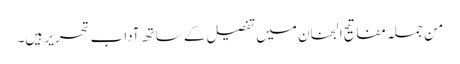
من جملہ مفاتیح الجنان میں تفصیل کے ساتھ آداب تحریر ہیں۔